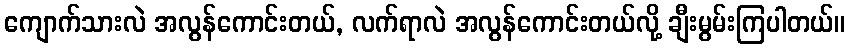
ကျောက်သားလဲ အလွန်ကောင်းတယ်, လက်ရာလဲ အလွန်ကောင်းတယ်လို့ ချီးမွမ်းကြပါတယ်။